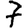
Digit: 7